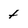
Character: t